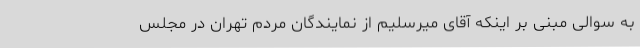
به سوالی مبنی بر اینکه آقای میرسلیم از نمایندگان مردم تهران در مجلس